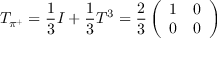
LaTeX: T _ { \pi ^ { + } } = \frac 1 3 I + \frac 1 3 T ^ { 3 } = \frac 2 3 \left( \begin{array} { l l } { { 1 } } & { { 0 } } \\ { { 0 } } & { { 0 } } \end{array} \right)